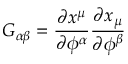
G _ { \alpha \beta } = { \frac { \partial x ^ { \mu } } { \partial \phi ^ { \alpha } } } { \frac { \partial x _ { \mu } } { \partial \phi ^ { \beta } } }